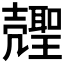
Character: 𰋍